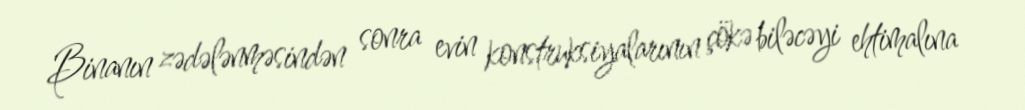
Binanın zədələnməsindən sonra evin konstruksiyalarının çökə biləcəyi ehtimalına